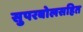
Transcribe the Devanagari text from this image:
सुपरबोलसहित